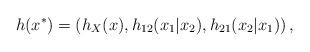
LaTeX: \begin{align*}h(x^{\ast })=\left( h_{X}(x),h_{12}(x_{1}|x_{2}),h_{21}(x_{2}|x_{1})\right) ,\end{align*}